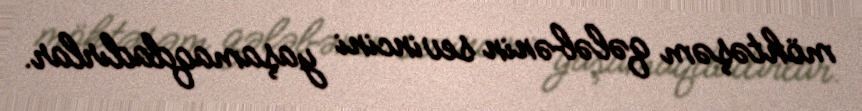
möhtəşəm qələbənin sevincini yaşamaqdadırlar.